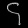
Digit: ၄